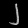
Digit: ၂